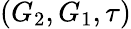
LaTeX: (G_{2},G_{1},\tau)